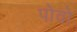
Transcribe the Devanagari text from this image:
पोवो